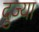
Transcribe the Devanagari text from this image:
दुज्या